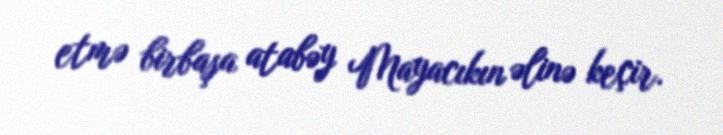
etmə birbaşa atabəy Mayacıkın əlinə keçir.